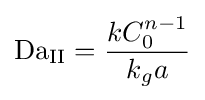
\mathrm {Da} _{\mathrm {II} }={\frac {kC_{0}^{n-1}}{k_{g}a}}